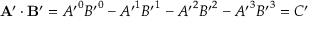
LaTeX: \mathbf { A } ^ { \prime } \cdot \mathbf { B } ^ { \prime } = { A ^ { \prime } } ^ { 0 } { B ^ { \prime } } ^ { 0 } - { A ^ { \prime } } ^ { 1 } { B ^ { \prime } } ^ { 1 } - { A ^ { \prime } } ^ { 2 } { B ^ { \prime } } ^ { 2 } - { A ^ { \prime } } ^ { 3 } { B ^ { \prime } } ^ { 3 } = C ^ { \prime }